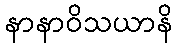
နာနာဝိသယာနိ